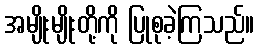
အမျိုးမျိုးတို့ကို ပြုစုခဲ့ကြသည်။